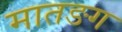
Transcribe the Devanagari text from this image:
मातङग